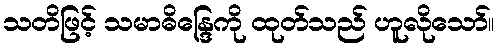
သတိဖြင့် သမာဓိန္ဒြေကို ထုတ်သည် ဟူလိုသော်။